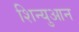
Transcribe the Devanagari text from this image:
शिन्युआन